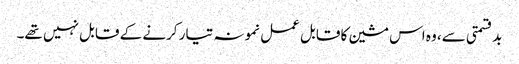
بدقسمتی سے، وہ اس مشین کا قابل عمل نمونہ تیار کرنے کے قابل نہیں تھے۔